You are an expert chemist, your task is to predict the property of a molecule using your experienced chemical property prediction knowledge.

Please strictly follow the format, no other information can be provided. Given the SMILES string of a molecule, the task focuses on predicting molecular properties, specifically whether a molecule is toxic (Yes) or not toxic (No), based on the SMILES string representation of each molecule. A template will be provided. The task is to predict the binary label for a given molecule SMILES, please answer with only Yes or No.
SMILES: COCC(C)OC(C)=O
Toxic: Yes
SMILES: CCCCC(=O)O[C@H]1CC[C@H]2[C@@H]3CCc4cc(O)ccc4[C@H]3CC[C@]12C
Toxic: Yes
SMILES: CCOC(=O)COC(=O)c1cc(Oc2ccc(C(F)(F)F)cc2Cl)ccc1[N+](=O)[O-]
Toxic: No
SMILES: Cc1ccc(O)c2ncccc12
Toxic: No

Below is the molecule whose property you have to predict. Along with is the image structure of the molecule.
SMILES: CN(C)CCCN1c2ccccc2Sc2ccc(Cl)cc21
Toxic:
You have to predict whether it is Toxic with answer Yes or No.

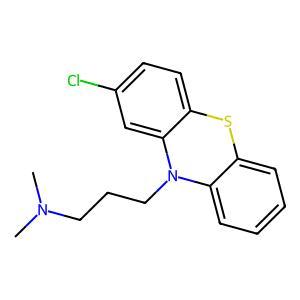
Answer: No